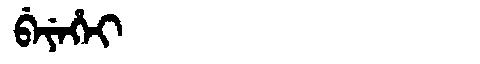
Manchu: ᠪᡝᠶᡝᡥᡝᡳ
Romanization: BEYEHEI